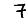
Digit: 7